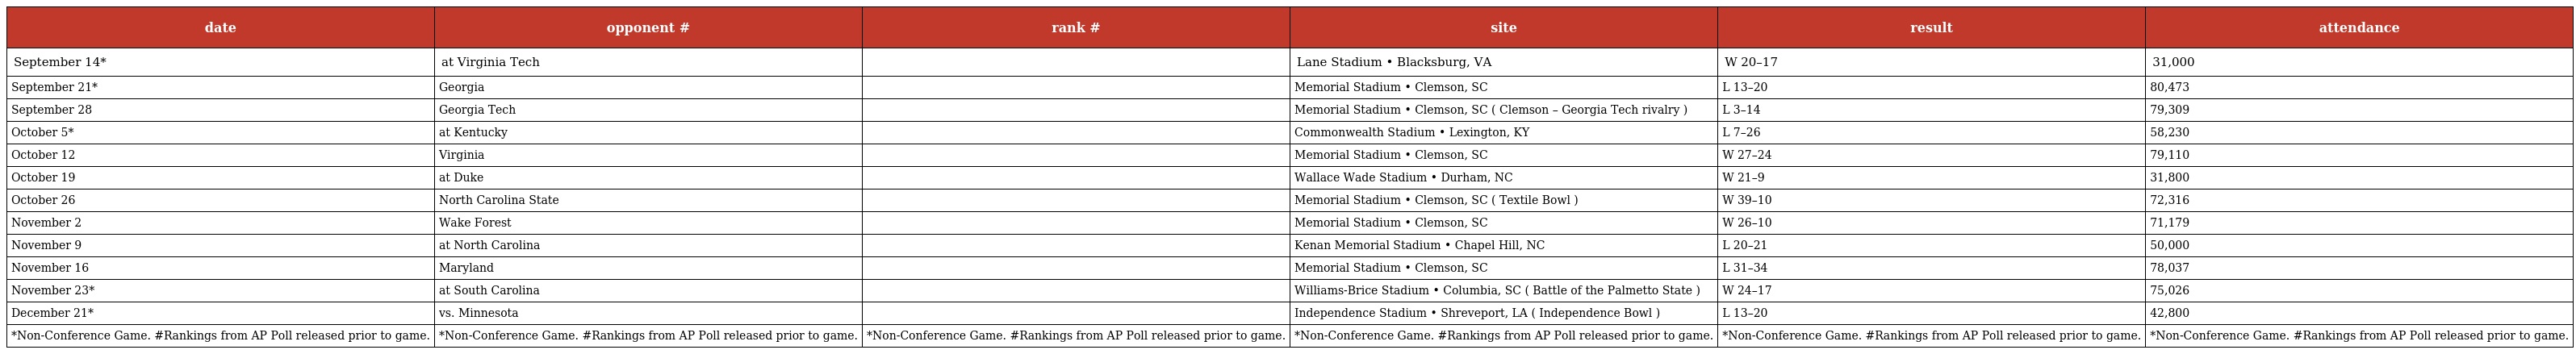
| date | opponent # | rank # | site | result | attendance |
 | --- | --- | --- | --- | --- | --- |
 | September 14* | at Virginia Tech |  | Lane Stadium • Blacksburg, VA | W 20–17 | 31,000 |
 | September 21* | Georgia |  | Memorial Stadium • Clemson, SC | L 13–20 | 80,473 |
 | September 28 | Georgia Tech |  | Memorial Stadium • Clemson, SC ( Clemson – Georgia Tech rivalry ) | L 3–14 | 79,309 |
 | October 5* | at Kentucky |  | Commonwealth Stadium • Lexington, KY | L 7–26 | 58,230 |
 | October 12 | Virginia |  | Memorial Stadium • Clemson, SC | W 27–24 | 79,110 |
 | October 19 | at Duke |  | Wallace Wade Stadium • Durham, NC | W 21–9 | 31,800 |
 | October 26 | North Carolina State |  | Memorial Stadium • Clemson, SC ( Textile Bowl ) | W 39–10 | 72,316 |
 | November 2 | Wake Forest |  | Memorial Stadium • Clemson, SC | W 26–10 | 71,179 |
 | November 9 | at North Carolina |  | Kenan Memorial Stadium • Chapel Hill, NC | L 20–21 | 50,000 |
 | November 16 | Maryland |  | Memorial Stadium • Clemson, SC | L 31–34 | 78,037 |
 | November 23* | at South Carolina |  | Williams-Brice Stadium • Columbia, SC ( Battle of the Palmetto State ) | W 24–17 | 75,026 |
 | December 21* | vs. Minnesota |  | Independence Stadium • Shreveport, LA ( Independence Bowl ) | L 13–20 | 42,800 |
 | *Non-Conference Game. #Rankings from AP Poll released prior to game. | *Non-Conference Game. #Rankings from AP Poll released prior to game. | *Non-Conference Game. #Rankings from AP Poll released prior to game. | *Non-Conference Game. #Rankings from AP Poll released prior to game. | *Non-Conference Game. #Rankings from AP Poll released prior to game. | *Non-Conference Game. #Rankings from AP Poll released prior to game. |